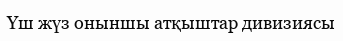
Үш жүз оныншы атқыштар дивизиясы